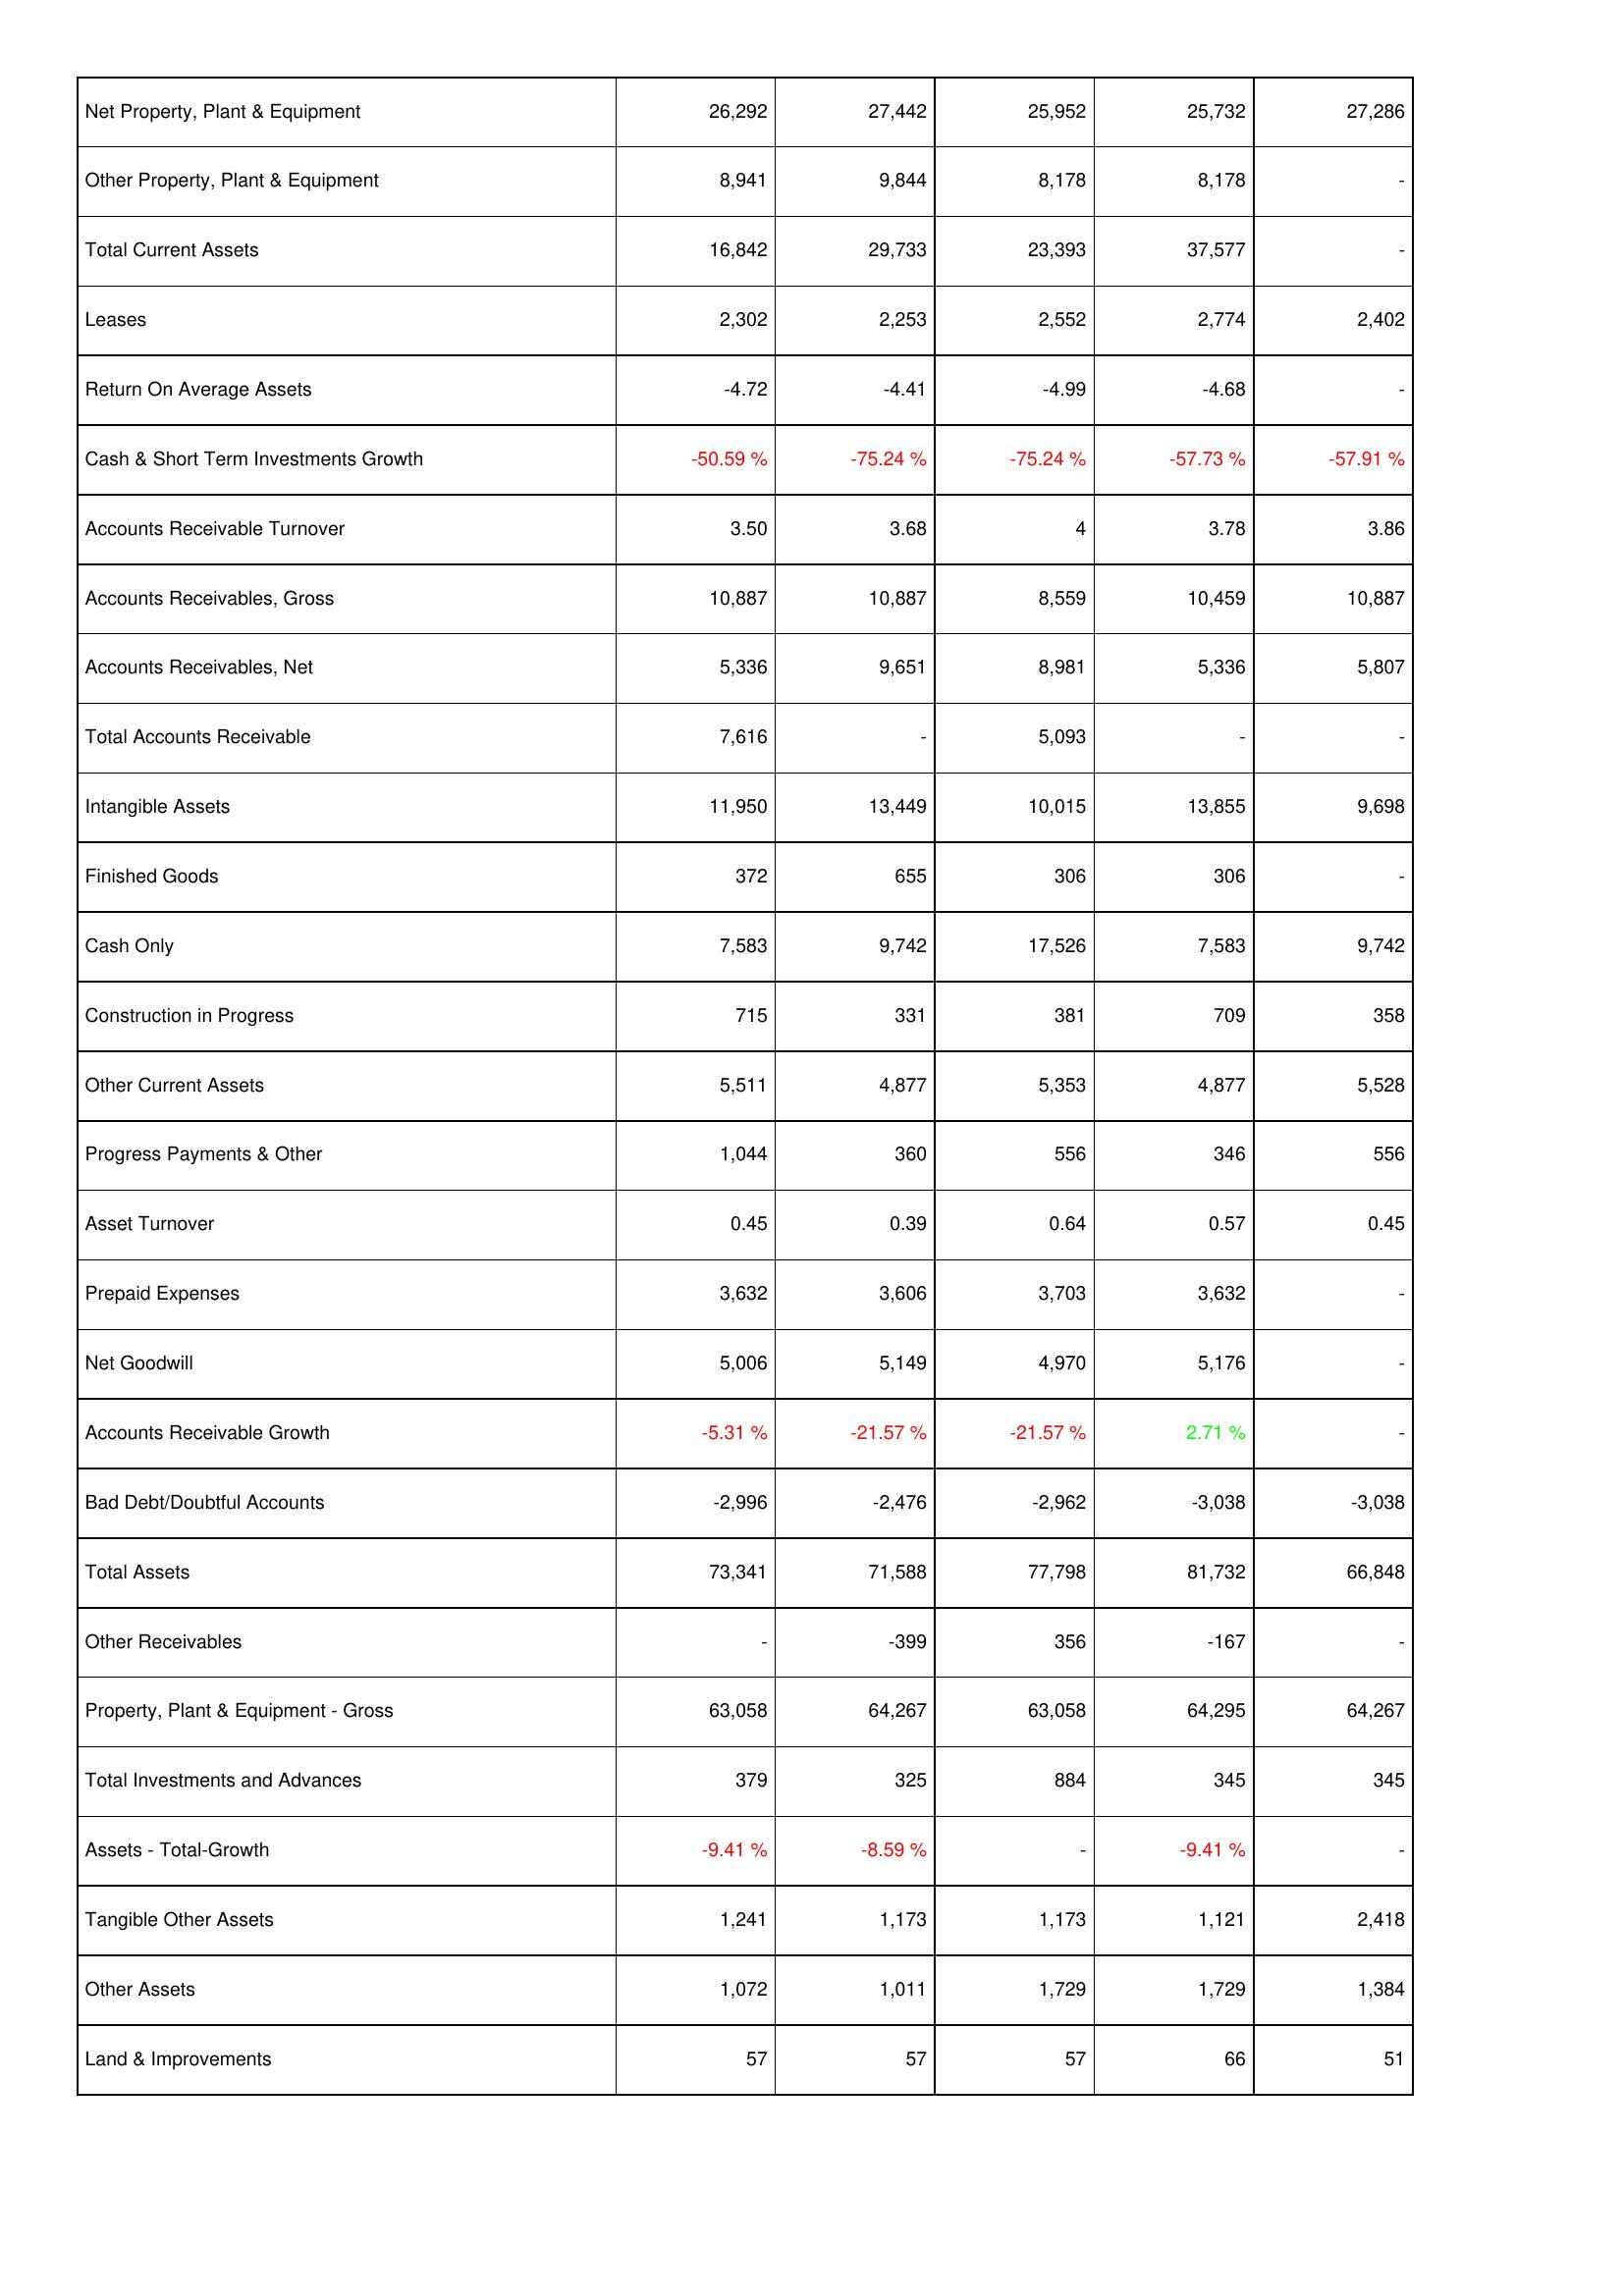
2015: Assets: Net Property, Plant & Equipment: 26,292
Other Property, Plant & Equipment: 8,941
Total Current Assets: 16,842
Leases: 2,302
Return On Average Assets: -4.72
Cash & Short Term Investments Growth: -50.59 %
Accounts Receivable Turnover: 3.50
Accounts Receivables, Gross: 10,887
Accounts Receivables, Net: 5,336
Total Accounts Receivable: 7,616
Intangible Assets: 11,950
Finished Goods: 372
Cash Only: 7,583
Construction in Progress: 715
Other Current Assets: 5,511
Progress Payments & Other: 1,044
Asset Turnover: 0.45
Prepaid Expenses: 3,632
Net Goodwill: 5,006
Accounts Receivable Growth: -5.31 %
Bad Debt/Doubtful Accounts: -2,996
Total Assets: 73,341
Other Receivables: -
Property, Plant & Equipment - Gross: 63,058
Total Investments and Advances: 379
Assets - Total-Growth: -9.41 %
Tangible Other Assets: 1,241
Other Assets: 1,072
Land & Improvements: 57
2016: Assets: Net Property, Plant & Equipment: 27,442
Other Property, Plant & Equipment: 9,844
Total Current Assets: 29,733
Leases: 2,253
Return On Average Assets: -4.41
Cash & Short Term Investments Growth: -75.24 %
Accounts Receivable Turnover: 3.68
Accounts Receivables, Gross: 10,887
Accounts Receivables, Net: 9,651
Total Accounts Receivable: -
Intangible Assets: 13,449
Finished Goods: 655
Cash Only: 9,742
Construction in Progress: 331
Other Current Assets: 4,877
Progress Payments & Other: 360
Asset Turnover: 0.39
Prepaid Expenses: 3,606
Net Goodwill: 5,149
Accounts Receivable Growth: -21.57 %
Bad Debt/Doubtful Accounts: -2,476
Total Assets: 71,588
Other Receivables: -399
Property, Plant & Equipment - Gross: 64,267
Total Investments and Advances: 325
Assets - Total-Growth: -8.59 %
Tangible Other Assets: 1,173
Other Assets: 1,011
Land & Improvements: 57
2017: Assets: Net Property, Plant & Equipment: 25,952
Other Property, Plant & Equipment: 8,178
Total Current Assets: 23,393
Leases: 2,552
Return On Average Assets: -4.99
Cash & Short Term Investments Growth: -75.24 %
Accounts Receivable Turnover: 4
Accounts Receivables, Gross: 8,559
Accounts Receivables, Net: 8,981
Total Accounts Receivable: 5,093
Intangible Assets: 10,015
Finished Goods: 306
Cash Only: 17,526
Construction in Progress: 381
Other Current Assets: 5,353
Progress Payments & Other: 556
Asset Turnover: 0.64
Prepaid Expenses: 3,703
Net Goodwill: 4,970
Accounts Receivable Growth: -21.57 %
Bad Debt/Doubtful Accounts: -2,962
Total Assets: 77,798
Other Receivables: 356
Property, Plant & Equipment - Gross: 63,058
Total Investments and Advances: 884
Assets - Total-Growth: -
Tangible Other Assets: 1,173
Other Assets: 1,729
Land & Improvements: 57
2018: Assets: Net Property, Plant & Equipment: 25,732
Other Property, Plant & Equipment: 8,178
Total Current Assets: 37,577
Leases: 2,774
Return On Average Assets: -4.68
Cash & Short Term Investments Growth: -57.73 %
Accounts Receivable Turnover: 3.78
Accounts Receivables, Gross: 10,459
Accounts Receivables, Net: 5,336
Total Accounts Receivable: -
Intangible Assets: 13,855
Finished Goods: 306
Cash Only: 7,583
Construction in Progress: 709
Other Current Assets: 4,877
Progress Payments & Other: 346
Asset Turnover: 0.57
Prepaid Expenses: 3,632
Net Goodwill: 5,176
Accounts Receivable Growth: 2.71 %
Bad Debt/Doubtful Accounts: -3,038
Total Assets: 81,732
Other Receivables: -167
Property, Plant & Equipment - Gross: 64,295
Total Investments and Advances: 345
Assets - Total-Growth: -9.41 %
Tangible Other Assets: 1,121
Other Assets: 1,729
Land & Improvements: 66
2019: Assets: Net Property, Plant & Equipment: 27,286
Other Property, Plant & Equipment: -
Total Current Assets: -
Leases: 2,402
Return On Average Assets: -
Cash & Short Term Investments Growth: -57.91 %
Accounts Receivable Turnover: 3.86
Accounts Receivables, Gross: 10,887
Accounts Receivables, Net: 5,807
Total Accounts Receivable: -
Intangible Assets: 9,698
Finished Goods: -
Cash Only: 9,742
Construction in Progress: 358
Other Current Assets: 5,528
Progress Payments & Other: 556
Asset Turnover: 0.45
Prepaid Expenses: -
Net Goodwill: -
Accounts Receivable Growth: -
Bad Debt/Doubtful Accounts: -3,038
Total Assets: 66,848
Other Receivables: -
Property, Plant & Equipment - Gross: 64,267
Total Investments and Advances: 345
Assets - Total-Growth: -
Tangible Other Assets: 2,418
Other Assets: 1,384
Land & Improvements: 51